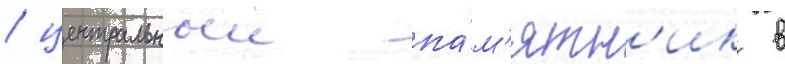
/ центральныи па́м'ятн'ик в